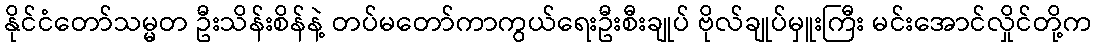
နိုင်ငံတော်သမ္မတ ဦးသိန်းစိန်နဲ့ တပ်မတော်ကာကွယ်ရေးဦးစီးချုပ် ဗိုလ်ချုပ်မှူးကြီး မင်းအောင်လှိုင်တို့က